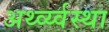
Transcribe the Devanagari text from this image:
अर्थ्व्य्वस्था